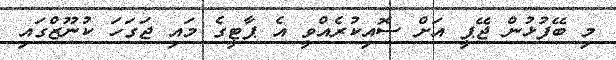
މި ބޭފުޅުން ޖޭޕީ އަށް ސޮއިކުރެއްވީ އެ ޕާޓީގެ މައި ޖަގަހަ ކުނޫޒްގައި